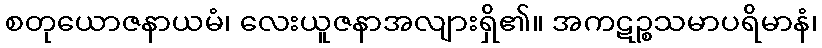
စတုယောဇနာယမံ၊ လေးယူဇနာအလျားရှိ၏။ အကဋဉ္စသမာပရိမာနံ၊